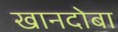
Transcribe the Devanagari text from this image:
खानदोबा